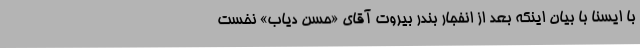
با ایسنا با بیان اینکه بعد از انفجار بندر بیروت آقای «حسن دیاب» نخست